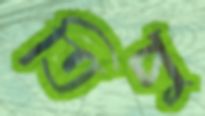
তিপু